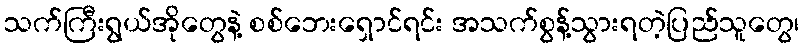
သက်ကြီးရွယ်အိုတွေနဲ့ စစ်ဘေးရှောင်ရင်း အသက်စွန့်သွားရတဲ့ပြည်သူတွေ၊